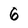
Character: 6